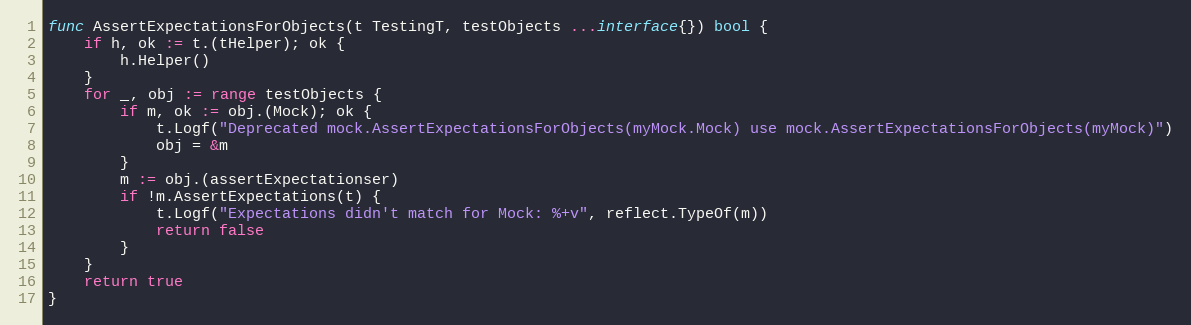
Language: Go
func AssertExpectationsForObjects(t TestingT, testObjects ...interface{}) bool {
	if h, ok := t.(tHelper); ok {
		h.Helper()
	}
	for _, obj := range testObjects {
		if m, ok := obj.(Mock); ok {
			t.Logf("Deprecated mock.AssertExpectationsForObjects(myMock.Mock) use mock.AssertExpectationsForObjects(myMock)")
			obj = &m
		}
		m := obj.(assertExpectationser)
		if !m.AssertExpectations(t) {
			t.Logf("Expectations didn't match for Mock: %+v", reflect.TypeOf(m))
			return false
		}
	}
	return true
}